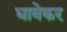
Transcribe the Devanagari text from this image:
धाबेकर